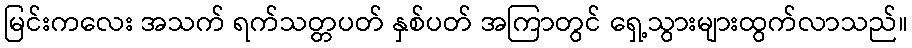
မြင်းကလေး အသက် ရက်သတ္တပတ် နှစ်ပတ် အကြာတွင် ရှေ့သွားများထွက်လာသည်။